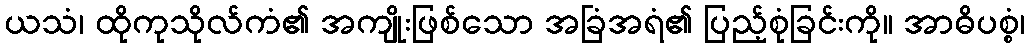
ယသံ၊ ထိုကုသိုလ်ကံ၏ အကျိုးဖြစ်သော အခြံအရံ၏ ပြည့်စုံခြင်းကို။ အာဓိပစ္စံ၊